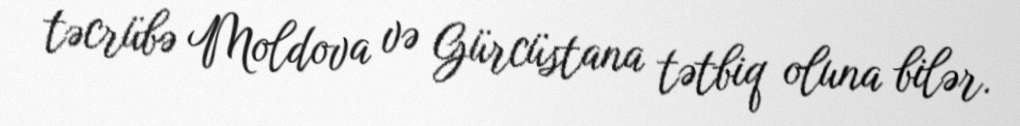
təcrübə Moldova və Gürcüstana tətbiq oluna bilər.